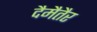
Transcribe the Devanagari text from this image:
दैमैतैर